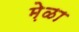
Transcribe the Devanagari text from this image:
मे़ळा